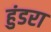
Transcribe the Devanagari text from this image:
हुंडरा